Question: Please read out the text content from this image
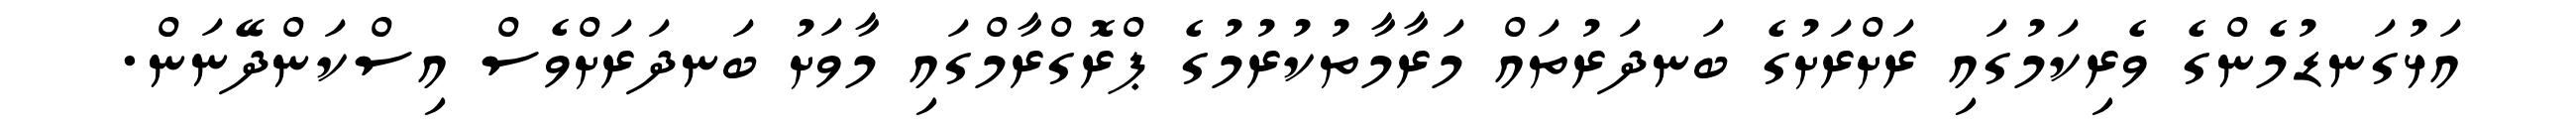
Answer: އަޅުގަނޑުމެންގެ ވެރިކަމުގައި ރަށްރަށުގެ ބަނދަރުތައް މަރާމާތުކުރުމުގެ ޕްރޮގްރާމްގައި މާވަށު ބަނދަރަށްވެސް އިސްކަންދޭނަން.